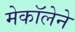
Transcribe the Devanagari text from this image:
मेकॉलेने